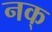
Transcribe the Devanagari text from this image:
नक्